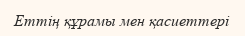
Еттің құрамы мен қасиеттері